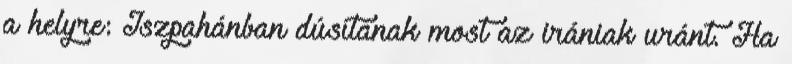
a helyre: Iszpahánban dúsítanak most az irániak uránt. Ha